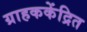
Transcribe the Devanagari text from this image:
ग्राहककेंद्रित